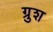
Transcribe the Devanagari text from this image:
ग्रुश